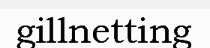
gillnetting